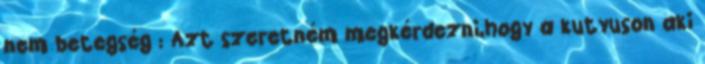
nem betegség : Azt szeretném megkérdezni,hogy a kutyuson aki